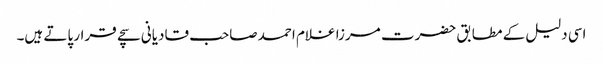
اسی دلیل کے مطابق حضرت مرزا غلام احمد صاحب قادیانی سچے قرار پاتے ہیں۔